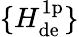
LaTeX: \{ H_{\mathrm{de}}^{\mathrm{1p}}\}